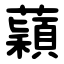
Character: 蘔